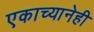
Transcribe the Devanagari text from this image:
एकाच्यानेही